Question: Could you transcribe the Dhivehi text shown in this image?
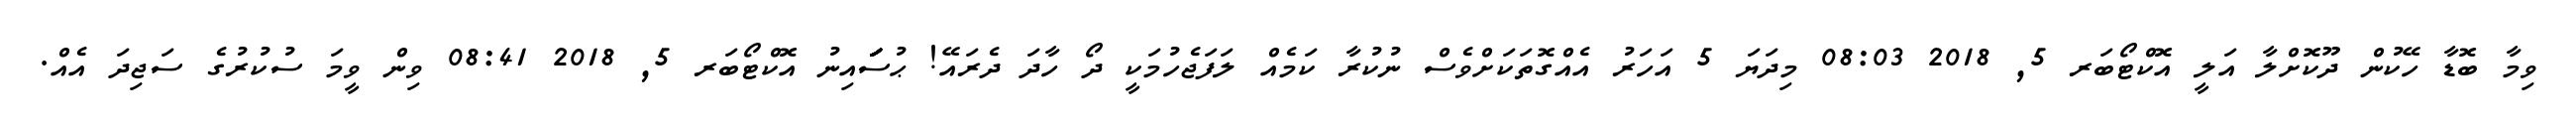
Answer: ވިމާ ބޮޑާ ހޭކުން ދޫކޮށްލާ އަލީ އޮކްޓޯބަރ 5, 2018 08:03 މިދަޔަ 5 އަހަރު އެއްގޮތަކަށްވެސް ނުކުރާ ކަމެއް ލަފަޖެހުމަކީ ދޯ ހާދަ ދެރައޭ! ޙުސަަަަަަަައިނު އޮކްޓޯބަރ 5, 2018 08:41 ވިން ވީމަ ސުކުރުގެ ސަޖިދަ އެއް.